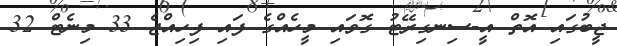
ޖީބުގައި އޮތް އީ-ސިނގިރޭޓު ގޮވައި މީހެއްގެ ފައި ފިހިއްޖެ 33 މިނެޓް 32